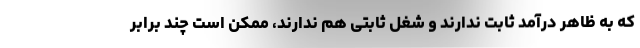
که به ظاهر درآمد ثابت ندارند و شغل ثابتی هم ندارند، ممکن است چند برابر